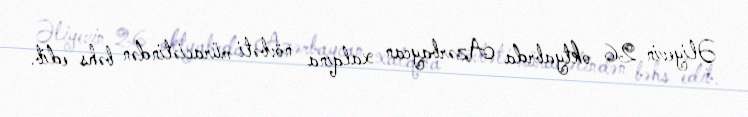
Əliyevin 26 oktyabrda Azərbaycan xalqına növbəti müraciətindən bəhs edib.